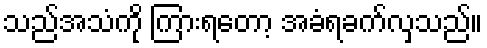
သည်အသံကို ကြားရတော့ အခံရခက်လှသည်။